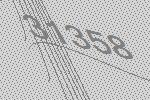
31358